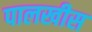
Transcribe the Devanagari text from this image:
पालखीस